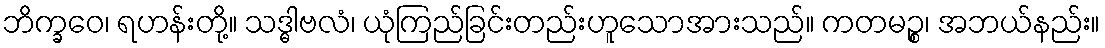
ဘိက္ခဝေ၊ ရဟန်းတို့။ သဒ္ဓါဗလံ၊ ယုံကြည်ခြင်းတည်းဟူသောအားသည်။ ကတမဉ္စ၊ အဘယ်နည်း။